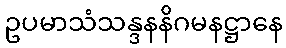
ဥပမာသံသန္ဒနနိဂမနဋ္ဌာနေ